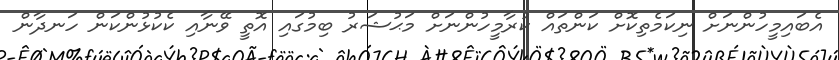
އެބައިމީހުންނަށް ނިކަމެތިކޮށް ކަންތައް ކުރާމީހުންނަށް މަޙުޝަރު ބިމުގައި އޮތީ ވޭނާއި ކެކުޅުންކަން ހަނދާން